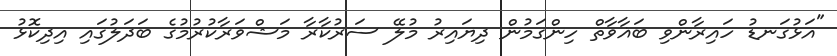
"އަޅުގަނޑު ހައިރާންވި ބަޣާވާތް ހިންގަމުން ދިޔައިރު މުލޭ ސަރުކާރާ މަޝްވަރާކުރުމުގެ ބަދަލުގައި އިދިކޮޅު